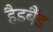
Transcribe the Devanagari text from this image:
हैडबैंड